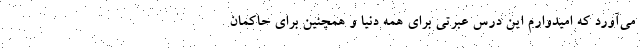
می‌آورد که امیدوارم این درس عبرتی برای همه دنیا و همچنین برای حاکمان